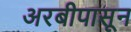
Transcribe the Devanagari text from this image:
अरबीपासून